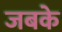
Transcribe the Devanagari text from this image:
जबके